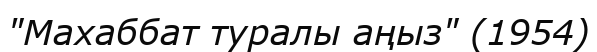
"Махаббат туралы аңыз" (1954)